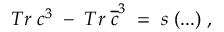
T r \; c ^ { 3 } \; - \; T r \; \overline { { { c } } } ^ { 3 } \; = \; s \; ( . . . ) \; ,